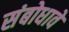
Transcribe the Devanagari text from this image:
संबोधावें